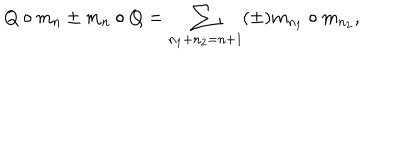
Q \circ m _ { n } \pm m _ { n } \circ Q = \sum _ { n _ { 1 } + n _ { 2 } = n + 1 } ( \pm ) m _ { n _ { 1 } } \circ m _ { n _ { 2 } } ,